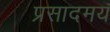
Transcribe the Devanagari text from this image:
प्रसादमय